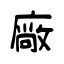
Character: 廠